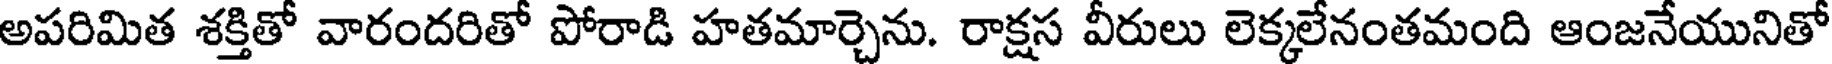
అపరిమిత శక్తితో వారందరితో పోరాడి హతమార్చెను. రాక్షస వీరులు లెక్కలేనంతమంది ఆంజనేయునితో